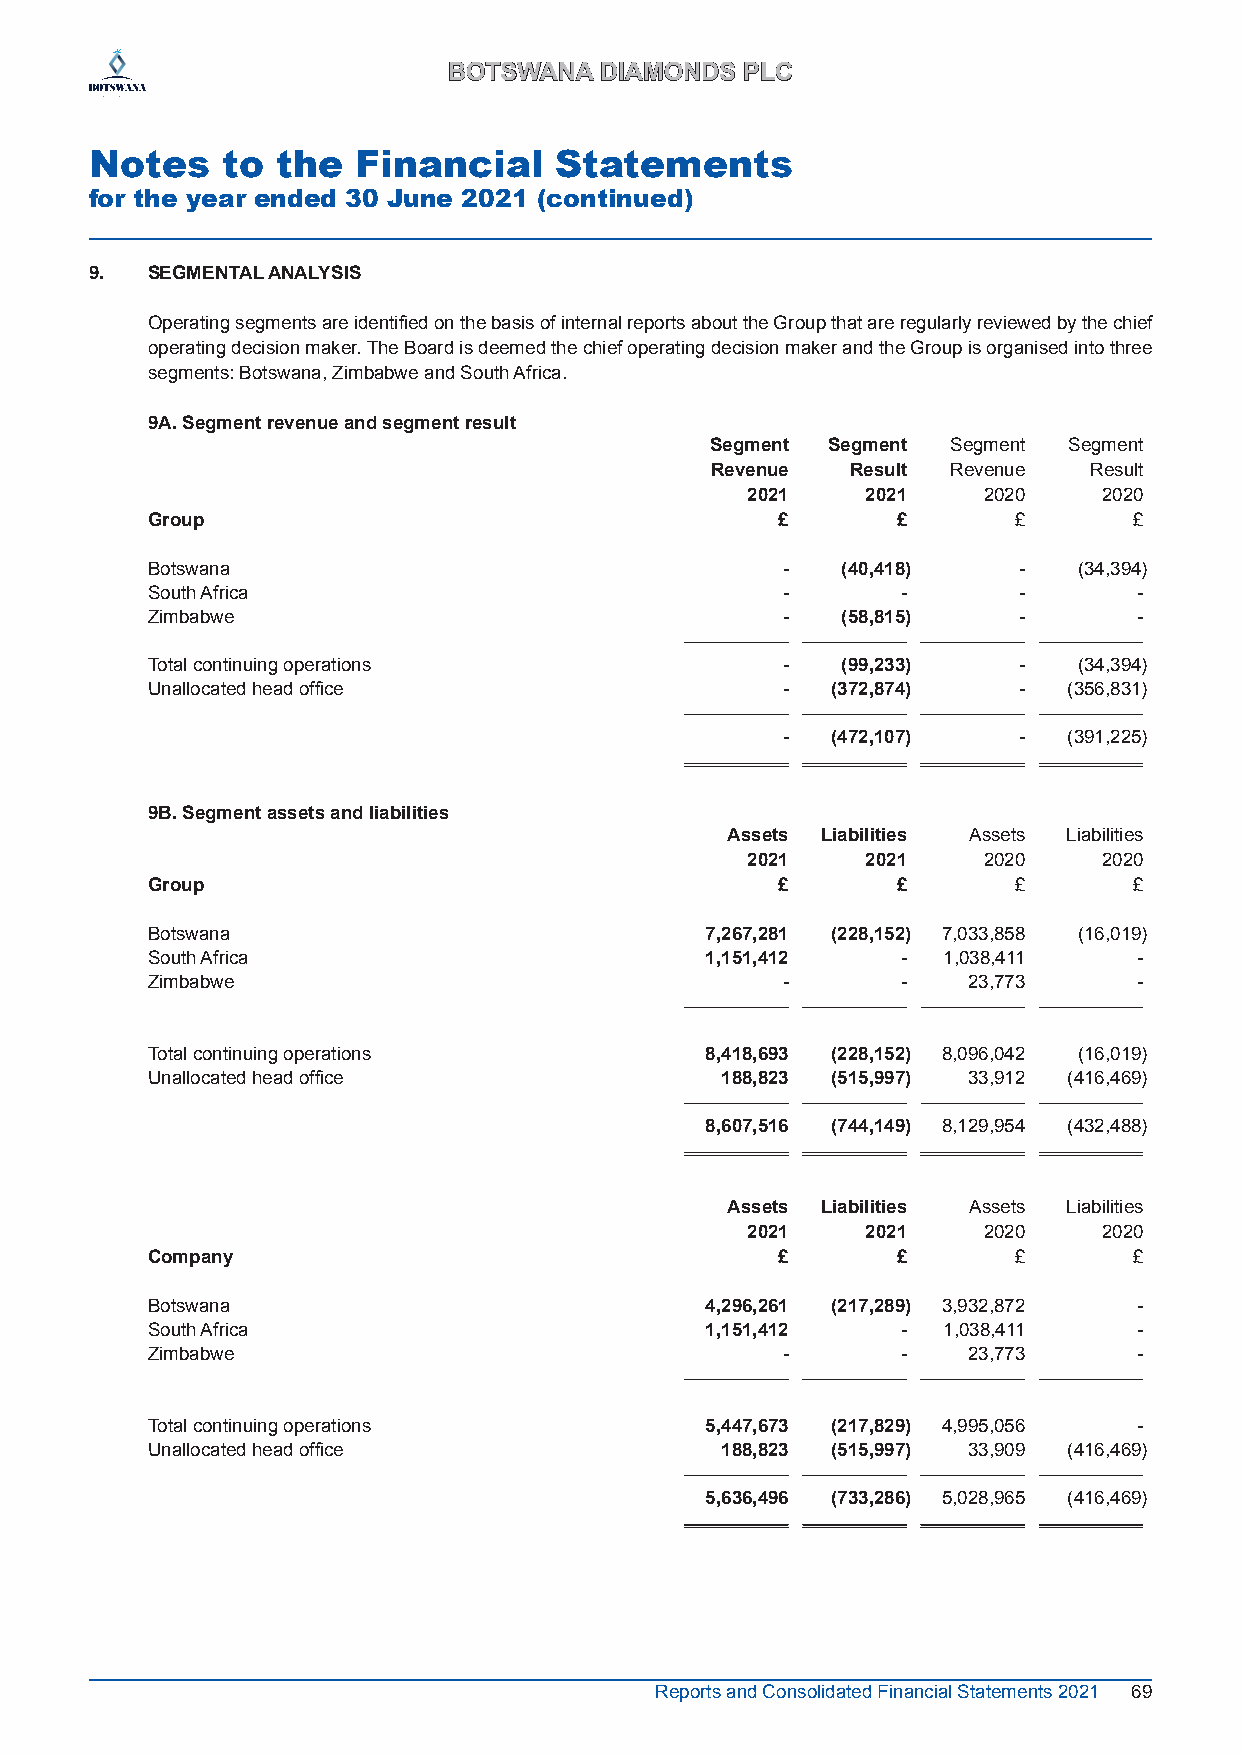
BBOOTTSSWWAANNAA DDIIAAMMOONNDDSS PPLLCC
 Notes    to the   Financial    Statements
 for the year ended 30 June 2021 (continued)
 9.‌ SEGMENTAL‌ANALYSIS
 Operating segments are identified on the basis of internal reports about the Group that are regularly reviewed by the chief
 operating decision maker. The Board is deemed the chief operating decision maker and the Group is organised into three
 segments: Botswana, Zimbabwe and South Africa.
 9A. Segment revenue and segment result
 Segment Segment Segment Segment
 Revenue  Result Revenue  Result
 2021    2021    2020    2020
 Group                                     £      £       £       £
 Botswana                                  -   (40,418)   -   (34,394)
 South Africa                              -       -      -       -
 Zimbabwe                                  -   (58,815)   -       -
 Total continuing operations               -   (99,233)   -   (34,394)
 Unallocated head office                   -  (372,874)   -   (356,831)
 -  (472,107)   -   (391,225)
 9B. Segment assets and liabilities
 Assets Liabilities Assets Liabilities
 2021    2021    2020    2020
 Group                                     £      £       £       £
 Botswana                             7,267,281 (228,152) 7,033,858 (16,019)
 South Africa                         1,151,412    - 1,038,411    -
 Zimbabwe                                  -       -   23,773     -
 Total continuing operations          8,418,693 (228,152) 8,096,042 (16,019)
 Unallocated head office               188,823 (515,997) 33,912 (416,469)
 8,607,516 (744,149) 8,129,954 (432,488)
 Assets Liabilities Assets Liabilities
 2021    2021    2020    2020
 Company                                   £      £       £       £
 Botswana                             4,296,261 (217,289) 3,932,872 -
 South Africa                         1,151,412    - 1,038,411    -
 Zimbabwe                                  -       -   23,773     -
 Total continuing operations          5,447,673 (217,829) 4,995,056 -
 Unallocated head office               188,823 (515,997) 33,909 (416,469)
 5,636,496 (733,286) 5,028,965 (416,469)
 Reports and Consolidated Financial Statements 2021 69